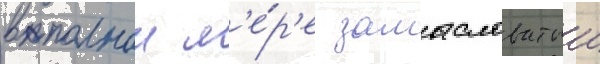
в полнои м'е́р'е замысловатыи